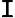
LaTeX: \mathtt{I}